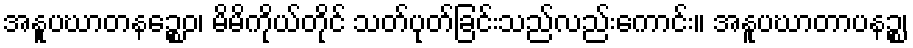
အနူပဃာတနဉ္စေဝ၊ မိမိကိုယ်တိုင် သတ်ပုတ်ခြင်းသည်လည်းကောင်း။ အနူပဃာတာပနဉ္စ၊